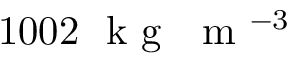
1 0 0 2 ~ \textrm { k g } ~ \textrm { m } ^ { - 3 }